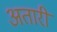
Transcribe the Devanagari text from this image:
अतारी